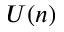
U ( n )